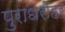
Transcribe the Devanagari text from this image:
पुराधरोहर